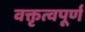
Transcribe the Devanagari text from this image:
वक्तृत्वपूर्ण